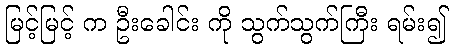
မြင့်မြင့် က ဦးခေါင်း ကို သွက်သွက်ကြီး ရမ်း၍